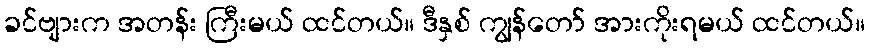
ခင်ဗျားက အတန်း ကြီးမယ် ထင်တယ်။ ဒီနှစ် ကျွန်တော် အားကိုးရမယ် ထင်တယ်။